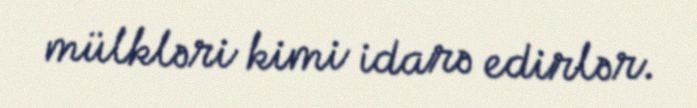
mülkləri kimi idarə edirlər.